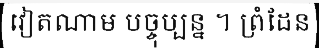
វៀតណាម បច្ចុប្បន្ន ។ ព្រំដែន